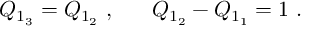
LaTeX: Q _ { 1 _ { 3 } } = Q _ { 1 _ { 2 } } ~ , ~ ~ ~ ~ ~ Q _ { 1 _ { 2 } } - Q _ { 1 _ { 1 } } = 1 ~ .